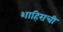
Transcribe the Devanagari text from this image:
शाहिराची